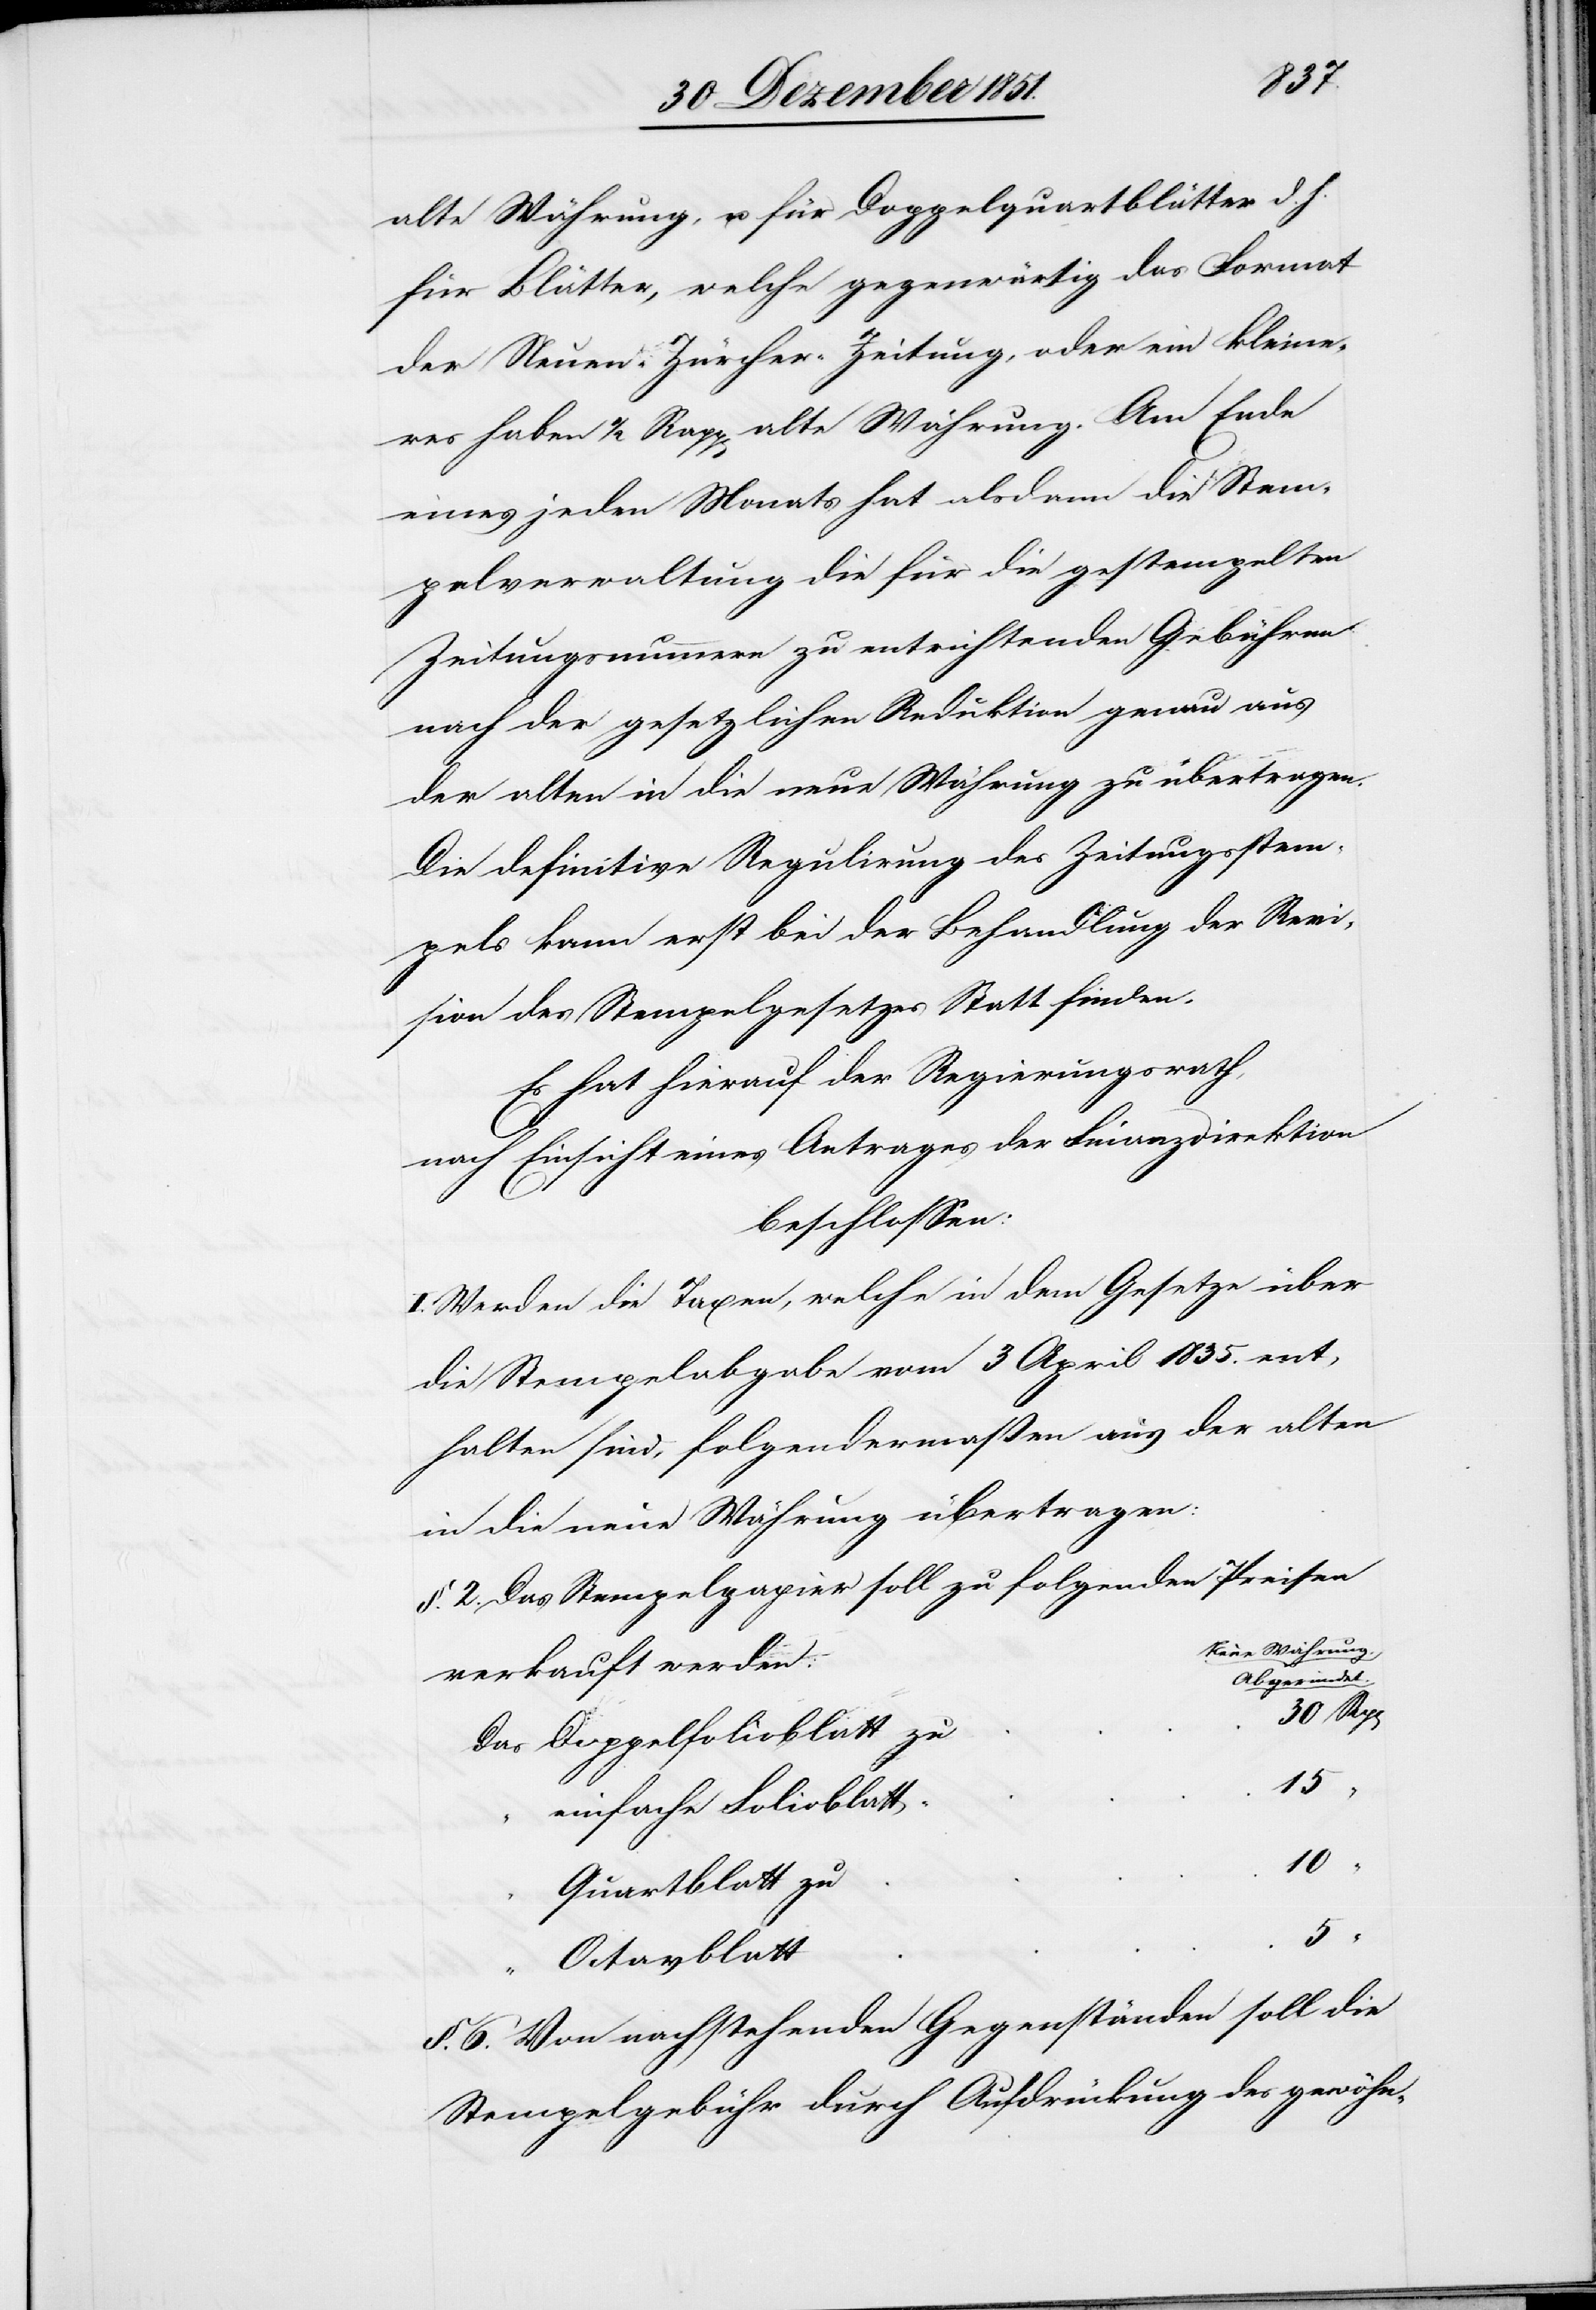
10
alte Währung, u. für Doppelquartblätter d. h.
für Blätter, welche gegenwärtig das Format
der Neuen-Zürcher-Zeitung, oder ein kleine¬
res haben 1/2 Rapp[en] alte Währung. Am Ende
eines jeden Monats hat alsdann die Stem¬
pelverwaltung die für die gestempelten
Zeitungsnummern zu entrichtenden Gebühren
nach der gesetzlichen Reduktion genau aus
der alten in die neue Währung zu übertragen.
Die definitive Regulirung des Zeitungsstem¬
pels kann erst bei der Behandlung der Revi¬
sion des Stempelgesetzes Statt finden.
Es hat hierauf der Regierungsrath,
nach Einsicht eines Antrages der Finanzdirektion
beschlossen:
I. Werden die Taxen, welche in dem Gesetze über
die Stempelabgabe vom 3 April 1835. ent¬
halten sind, folgendermaßen aus der alten
in die neue Währung übertragen:
§. 2. Das Stempelpapier soll zu folgenden Preisen
Neue Währung.
verkauft werden:
Abgerundet.
30 Rp[en]
15
einfache Folioblatt
Octavblatt
§. 6. Von nachstehenden Gegenständen soll die
Stempelgebühr durch Aufdrückung des gewöhn-